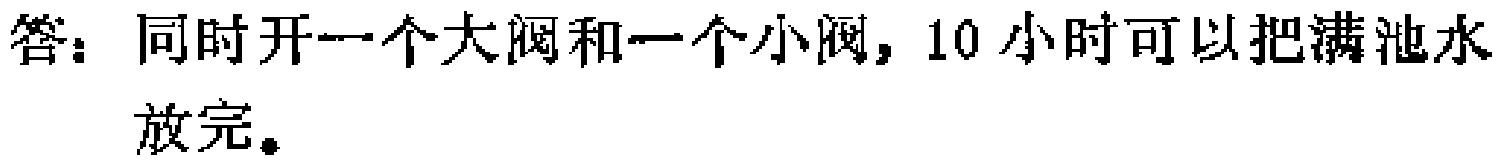
答：同时开一个大阀和一个小阀，10小时可以把满池水放完。